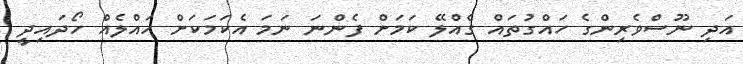
އަދި ނޫސްވެރިންގެ ހައްގުތައް ގެއްލޭ ކަމަށް ފެންނަ ނަމަ އެކަމަކަށް ހައްލެއް ހޯދައިދީ